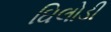
ઘિલોડી